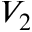
V _ { 2 }